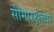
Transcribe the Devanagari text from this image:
सीमारक्षेच्या